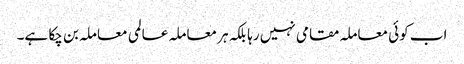
اب کوئی معاملہ مقامی نہیں رہا بلکہ ہر معاملہ عالمی معاملہ بن چکا ہے۔